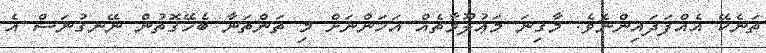
ތަނެކޭ އެއްފަދައިންނެވެ. މާގިނަ މަޢުލޫމާތެއް އަހަންނަށް މި ތަންތަނާ ބެހޭގޮތުން ނޭނގުނަސް އެ